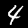
Digit: 4